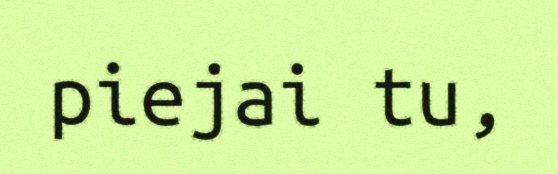
piejai tu,